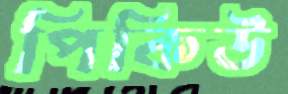
পিকিউ